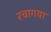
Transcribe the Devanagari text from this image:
रचागया